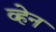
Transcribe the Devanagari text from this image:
व्‍हेन